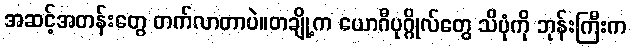
အဆင့်အတန်းတွေ တက်လာတာပဲ။တချို့က ယောဂီပုဂ္ဂိုလ်တွေ သိပုံကို ဘုန်းကြီးက